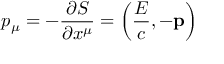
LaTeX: p _ { \mu } = - { \frac { \partial S } { \partial x ^ { \mu } } } = \left( { \frac { E } { c } } , - \mathbf { p } \right)